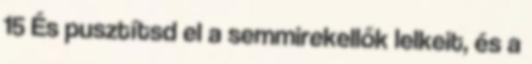
15 És pusztítsd el a semmirekellők lelkeit, és a